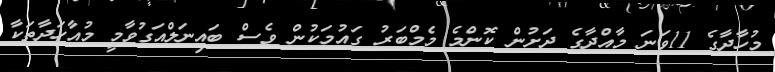
މުހާދާގެ 11ވަނަ މާއްދާގެ ދަށުން ކޮންމެ މެމްބަރު ގައުމަކުން ވެސް ބައިނަލްއަގުވާމީ މުއާހަދާތަކާ